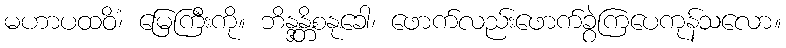
မဟာပထဝိံ၊ မြေကြီးကို။ ဘိန္ဒန္တိစနုခေါ၊ ဖောက်လည်းဖောက်ခွဲကြပေကုန်သလော။